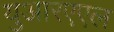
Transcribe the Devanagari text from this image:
युआरएएल